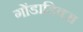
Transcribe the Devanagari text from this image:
गोंडाडिक्‍स